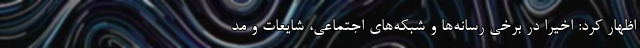
اظهار کرد: اخیرا در برخی رسانه‌ها و شبکه‌های اجتماعی، شایعات و مد